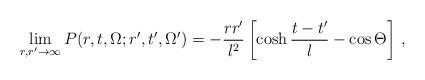
LaTeX: \begin{align*}\lim_{r,r'\to\infty} P(r,t,\Omega; r',t',\Omega') = -\frac{rr'}{l^2}\left[\cosh\frac{t-t'}{l} - \cos\Theta\right]\,,\end{align*}